Report of the Municipal Commissioner on the plague in Bombay for the year ending 31st May... - Volume 3
Disease focus: Plague
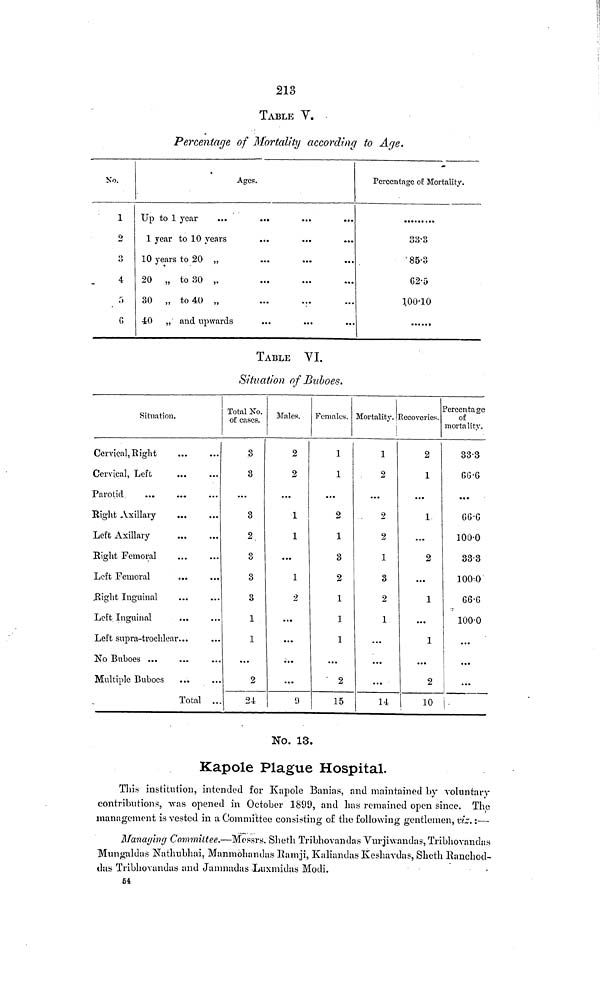
213
TABLE V.
Percentage of Mortality according to Age.
No.
1
2
f»
4
f»
G
Ages.
Up to 1 year
1 year to 10 years
10 years to 20 „
20 „ to 30 „
30 „ to 40 „
...
...
40 „ and upwards
Percentage of Mortality.
33·3
85·3
62·5
100·10
TABLE VI.
Situation of Buboes.
Situation.
Cervical, Right
Cervical, Left
Parotid
Rig-lit Axillary
Left Axillary
Eight Femoral
Left Femoral
Right Inguinal
Left Inguinal
Left supra-trochlenr...
No Buboes ...
Multiple Buboes
Total ..
Total Xo.
of cases.
3
3
3
2
3
3
3
1
1
2
24
Males.
2
2
...
1
1
...
1
2
• • •
...
...
...
Females.
1
1
...
2
1
3
2
1
1
1
...
2
15
Mortality.
1
2
...
2
2
1
3
2
1
...
...
...
14
lecoveries.
2
1
...
1
...
2
...
1
...
1
...
2
10
Percentage
of
mortality.
33·3
66·6
• • •
66·6
100·0
33·3
100·0
100·0
...
...
...
No. 13.
Kapole Plague Hospital.
This institution, intended for Kapole Banias, and maintained by voluntary
contributions, -was opened in October 1899, and lias remained open since. The
management is vested in a Committee consisting of the following gentlemen, viz. :—
Managing Committee.—Messrs. Shetli Tribhovandas Vurjiwandas, Tribhovandas
Mungaldas Nathubhai, Manmohamlas lia m ji, Kaliandas Keshavdas, Shetli Kanchod-
das Tribhovandas and Jamnadas Luxmidas Modi.
54